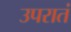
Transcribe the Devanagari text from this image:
उपरातं